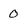
Character: 0